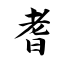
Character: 耆